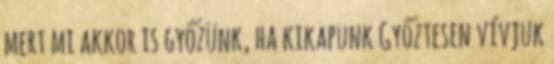
mert mi akkor is győzünk, ha kikapunk Győztesen vívjuk